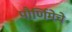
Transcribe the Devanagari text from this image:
पौर्णिमेचे